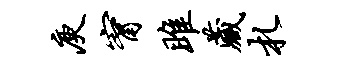
庾甯雎藏札